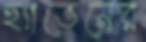
হ্যাভেনের